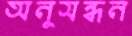
অনুসন্ধন